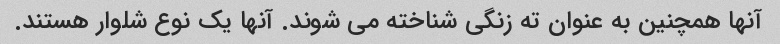
آنها همچنین به عنوان ته زنگی شناخته می شوند. آنها یک نوع شلوار هستند.